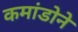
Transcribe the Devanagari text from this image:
कमांडोने